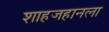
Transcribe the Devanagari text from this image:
शाहजहानला